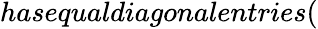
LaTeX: hasequaldiagonalentries(